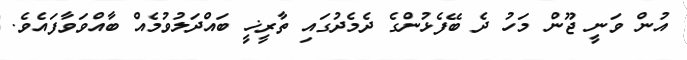
އުން ވަނީ ޖޫން މަހު ދެ ބޭފެޅުންގެ ދެމެދުގައި ތާރީޚީ ބައްދަލުވުމެއް ބާއްވަވާފައެވެ.